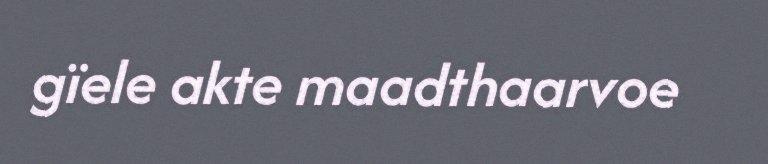
gïele akte maadthaarvoe